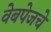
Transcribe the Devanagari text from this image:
वेबपेजचे